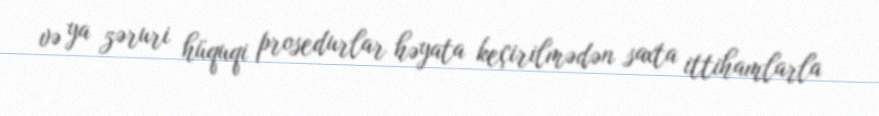
və ya zəruri hüquqi prosedurlar həyata keçirilmədən saxta ittihamlarla